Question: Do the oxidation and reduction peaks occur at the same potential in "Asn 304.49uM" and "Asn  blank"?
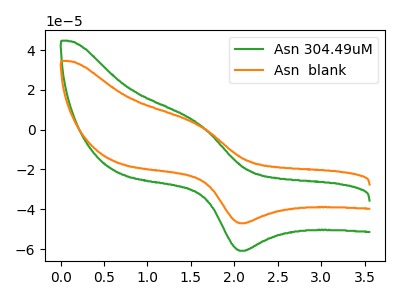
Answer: <think>The green curve "Asn 304.49uM" has an anodic peak at (1.55V, 3.75uA) and a cathodic peak at (2.05V, -60.80uA). The orange curve "Asn  blank" has an anodic peak at (1.55V, 2.90uA) and a cathodic peak at (2.05V, -47.00uA).</think>
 <answer>Yes, "Asn 304.49uM" have a peak in "Asn  blank" at the same potential.</answer>
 <eval>match</eval>